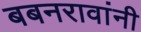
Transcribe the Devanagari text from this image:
बबनरावांनी